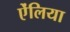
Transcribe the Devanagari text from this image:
ऐंलिया